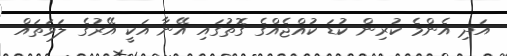
އަދި އެންމެ ކުރިން ކުޑަ ކުއްޖެއްގެ ގޮތުގައި އޭނާ އަކީ އޭރުގެ ލަވަތައް